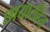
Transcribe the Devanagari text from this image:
छायारहित